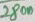
Text: 2800